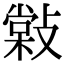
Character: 𢿧